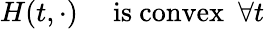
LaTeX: H(t,\cdot)\ \ \ \ \ \mathrm{is\ convex}\ \ \forall t